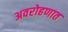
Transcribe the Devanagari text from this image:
अवरोहणात